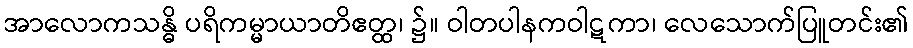
အာလောကသန္ဓိ ပရိကမ္မာယာတိဧတ္ထ၊ ၌။ ဝါတပါနကဝါဋကာ၊ လေသောက်ပြူတင်း၏